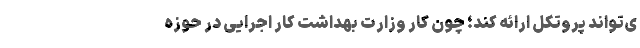
ی‌تواند پروتکل ارائه کند؛ چون کار وزارت بهداشت کار اجرایی در حوزه